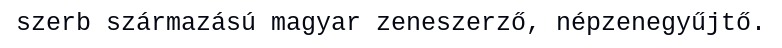
szerb származású magyar zeneszerző, népzenegyűjtő.